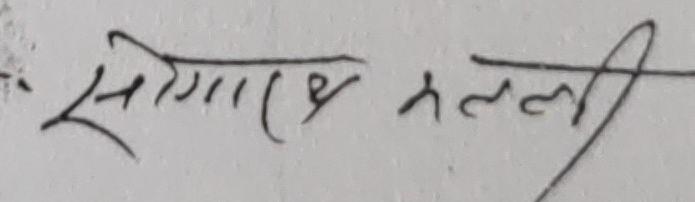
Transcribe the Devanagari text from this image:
सोगार्च तलती